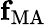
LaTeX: \mathbf f_{\mathrm{MA}}